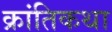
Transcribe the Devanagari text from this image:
क्रांतिकथा